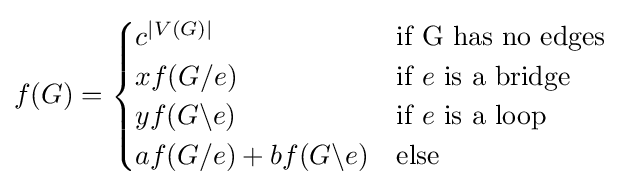
f(G)={\begin{cases}c^{|V(G)|}&{\text{if G has no edges}}\\xf(G/e)&{\text{if }}e{\text{ is a bridge}}\\yf(G\backslash e)&{\text{if }}e{\text{ is a loop}}\\af(G/e)+bf(G\backslash e)&{\text{else}}\end{cases}}